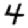
Digit: 4